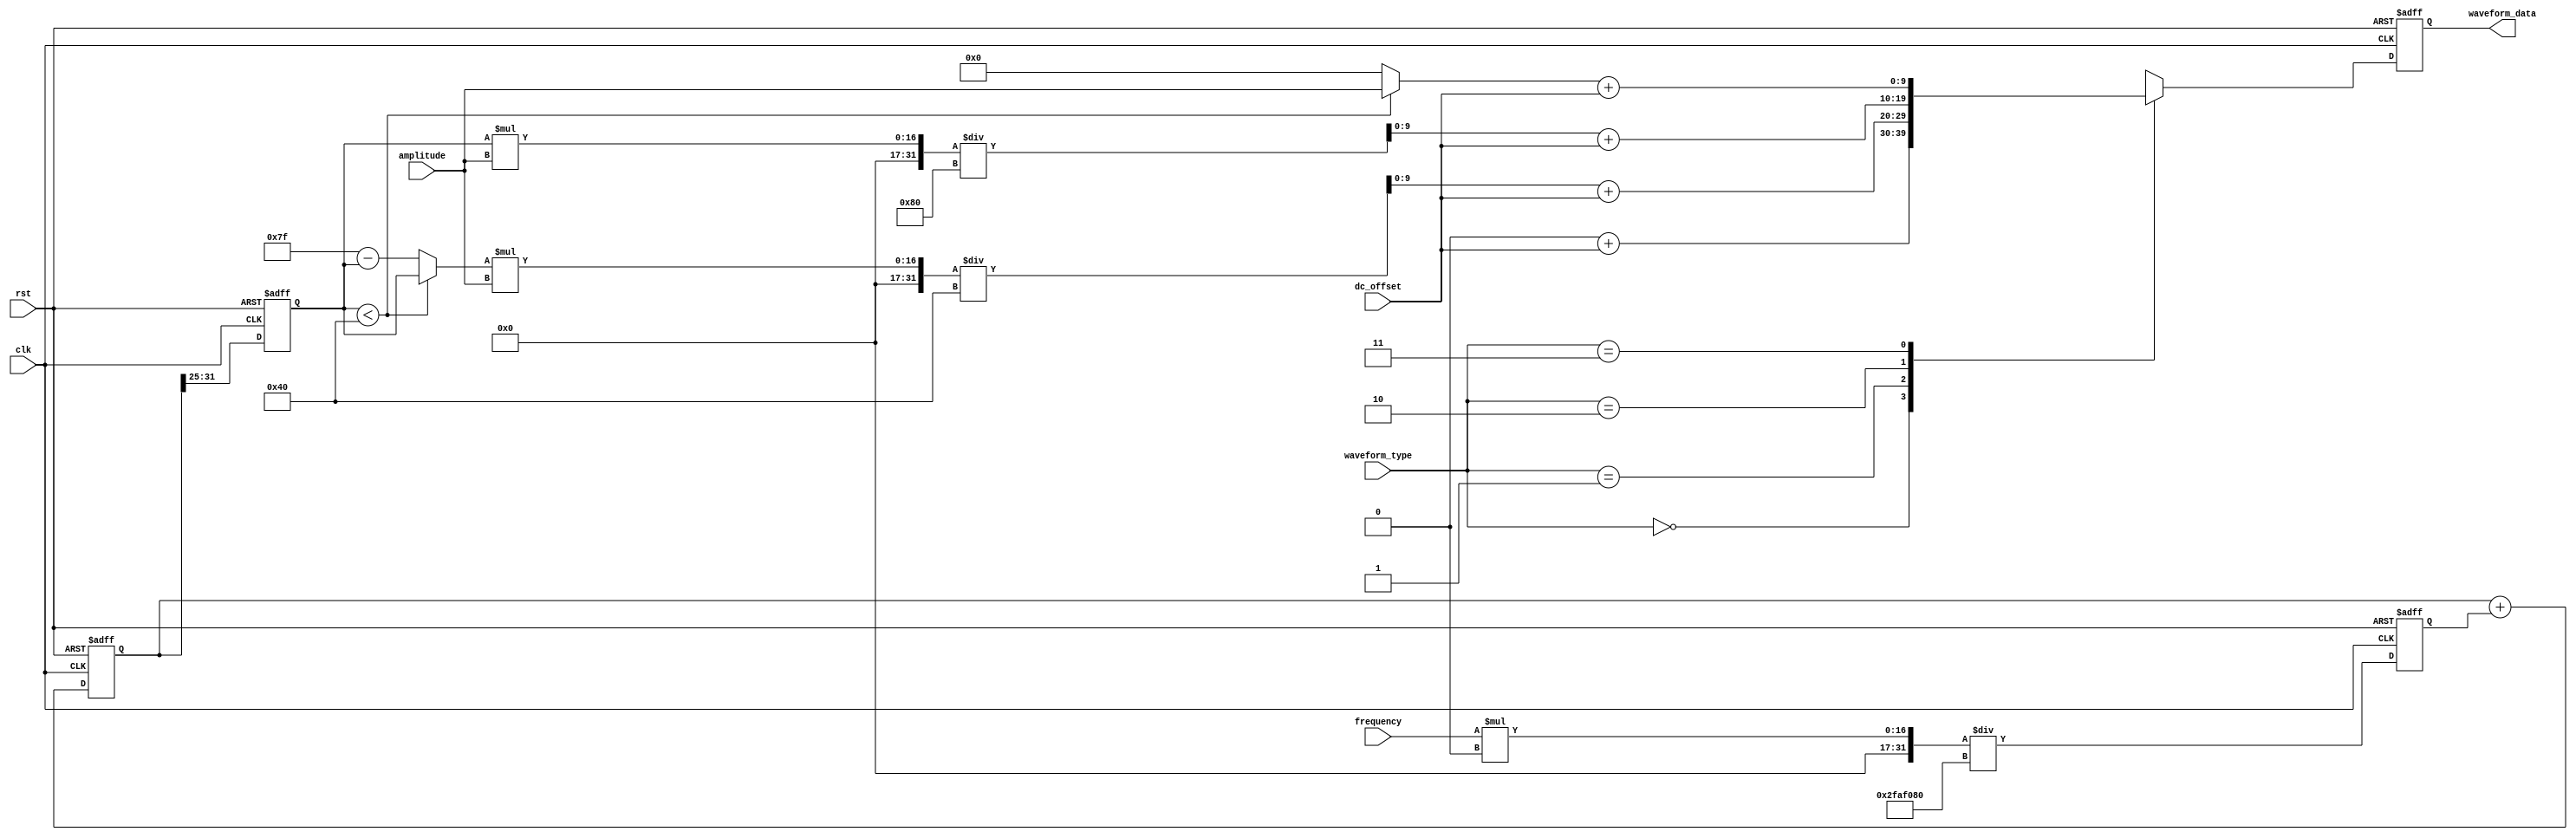
module Waveform_Generator (
    input wire clk,
    input wire rst,
    input wire [1:0] waveform_type,
    input wire [15:0] frequency,
    input wire [9:0] amplitude,
    input wire [9:0] dc_offset,
    output reg [9:0] waveform_data
);

    // Parameters
    //localparam N = 10; // Resolution
    localparam M = 128; // Number of points per period

    // Internal variables
    reg [31:0] phase_accumulator;
    reg [31:0] phase_increment;
    reg [6:0] lookup_index;

    // Sine lookup table
    reg [9:0] sine_lut [0:M-1];

    // Initialize sine lookup table
    initial begin
        sine_lut[0] = 512; sine_lut[1] = 537; sine_lut[2] = 562; sine_lut[3] = 586;
        sine_lut[4] = 611; sine_lut[5] = 634; sine_lut[6] = 657; sine_lut[7] = 679;
        sine_lut[8] = 700; sine_lut[9] = 720; sine_lut[10] = 739; sine_lut[11] = 757;
        sine_lut[12] = 774; sine_lut[13] = 789; sine_lut[14] = 804; sine_lut[15] = 817;
        sine_lut[16] = 828; sine_lut[17] = 839; sine_lut[18] = 848; sine_lut[19] = 855;
        sine_lut[20] = 861; sine_lut[21] = 866; sine_lut[22] = 869; sine_lut[23] = 871;
        sine_lut[24] = 872; sine_lut[25] = 871; sine_lut[26] = 869; sine_lut[27] = 866;
        sine_lut[28] = 861; sine_lut[29] = 855; sine_lut[30] = 848; sine_lut[31] = 839;
        sine_lut[32] = 828; sine_lut[33] = 817; sine_lut[34] = 804; sine_lut[35] = 789;
        sine_lut[36] = 774; sine_lut[37] = 757; sine_lut[38] = 739; sine_lut[39] = 720;
        sine_lut[40] = 700; sine_lut[41] = 679; sine_lut[42] = 657; sine_lut[43] = 634;
        sine_lut[44] = 611; sine_lut[45] = 586; sine_lut[46] = 562; sine_lut[47] = 537;
        sine_lut[48] = 512; sine_lut[49] = 487; sine_lut[50] = 462; sine_lut[51] = 438;
        sine_lut[52] = 413; sine_lut[53] = 390; sine_lut[54] = 367; sine_lut[55] = 345;
        sine_lut[56] = 324; sine_lut[57] = 304; sine_lut[58] = 285; sine_lut[59] = 267;
        sine_lut[60] = 250; sine_lut[61] = 235; sine_lut[62] = 220; sine_lut[63] = 207;
        sine_lut[64] = 196; sine_lut[65] = 185; sine_lut[66] = 176; sine_lut[67] = 169;
        sine_lut[68] = 163; sine_lut[69] = 158; sine_lut[70] = 155; sine_lut[71] = 153;
        sine_lut[72] = 152; sine_lut[73] = 153; sine_lut[74] = 155; sine_lut[75] = 158;
        sine_lut[76] = 163; sine_lut[77] = 169; sine_lut[78] = 176; sine_lut[79] = 185;
        sine_lut[80] = 196; sine_lut[81] = 207; sine_lut[82] = 220; sine_lut[83] = 235;
        sine_lut[84] = 250; sine_lut[85] = 267; sine_lut[86] = 285; sine_lut[87] = 304;
        sine_lut[88] = 324; sine_lut[89] = 345; sine_lut[90] = 367; sine_lut[91] = 390;
        sine_lut[92] = 413; sine_lut[93] = 438; sine_lut[94] = 462; sine_lut[95] = 487;
        sine_lut[96] = 512; sine_lut[97] = 537; sine_lut[98] = 562; sine_lut[99] = 586;
        sine_lut[100] = 611; sine_lut[101] = 634; sine_lut[102] = 657; sine_lut[103] = 679;
        sine_lut[104] = 700; sine_lut[105] = 720; sine_lut[106] = 739; sine_lut[107] = 757;
        sine_lut[108] = 774; sine_lut[109] = 789; sine_lut[110] = 804; sine_lut[111] = 817;
        sine_lut[112] = 828; sine_lut[113] = 839; sine_lut[114] = 848; sine_lut[115] = 855;
        sine_lut[116] = 861; sine_lut[117] = 866; sine_lut[118] = 869; sine_lut[119] = 871;
        sine_lut[120] = 872; sine_lut[121] = 871; sine_lut[122] = 869; sine_lut[123] = 866;
        sine_lut[124] = 861; sine_lut[125] = 855; sine_lut[126] = 848; sine_lut[127] = 839;
    end

    // Phase accumulator for frequency control
    always @(posedge clk or posedge rst) begin
        if (rst) begin
            phase_accumulator <= 0;
            phase_increment <= 0;
        end else begin
            phase_increment <= (frequency * 32'd4294967296) / 32'd50000000;
            phase_accumulator <= phase_accumulator + phase_increment;
        end
    end

    // Lookup index for the waveform
    always @(posedge clk or posedge rst) begin
        if (rst) begin
            lookup_index <= 0;
        end else begin
            lookup_index <= phase_accumulator[31:25]; // Top bits for lookup
        end
    end

    // Generate waveform
    always @(posedge clk or posedge rst) begin
        if (rst) begin
            waveform_data <= 0;
        end else begin
            case (waveform_type)
                2'b00: // Sine
                    waveform_data <= ((sine_lut[lookup_index] * amplitude) >> 10) + dc_offset;
                2'b01: // Triangle
                    waveform_data <= (((lookup_index < 64) ? {3'b000, lookup_index} : {3'b000, 7'd127 - lookup_index}) * amplitude / 64) + dc_offset;
                2'b10: // Sawtooth
                    waveform_data <= ({3'b000, lookup_index} * amplitude / 128) + dc_offset;
                2'b11: // Square
                    waveform_data <= ((lookup_index < 64) ? amplitude : 0) + dc_offset;
                default:
                    waveform_data <= 0;
            endcase
        end
    end

endmodule